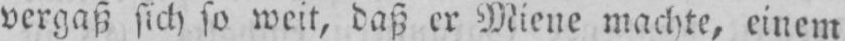
vergaß sich so weit, daß er Miene machte, einem